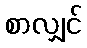
စာလျှင်